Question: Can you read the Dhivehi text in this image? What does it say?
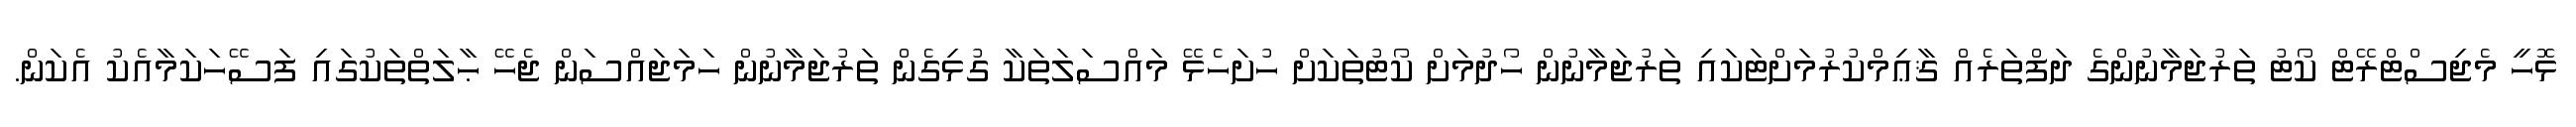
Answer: ޅޮހީ މެޖިސްޓްރޭޓް ކޯޓު ތަރުޖަމާނުންގެ ދަފްތަރެއް ޤާޢިމްކުރުމަށްޓަކައި ތަރުޖަމާނުން ހޯދުމަށް ކޯޓުތަކަށް ހުށަހެޅޭ މައްސަލަތަކާ ގުޅިގެން ތަރުޖަމާނުން ހަމަޖައްސަން ޖެހޭ ޙާލަތްތަކުގައި ފަސޭހަކަމާއެކު އެކަން.